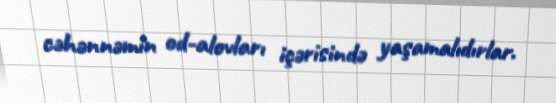
cəhənnəmin od-alovları içərisində yaşamalıdırlar.